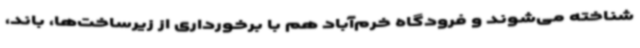
شناخته می‌شوند و فرودگاه خرم‌آباد هم با برخورداری از زیرساخت‌ها، باند،